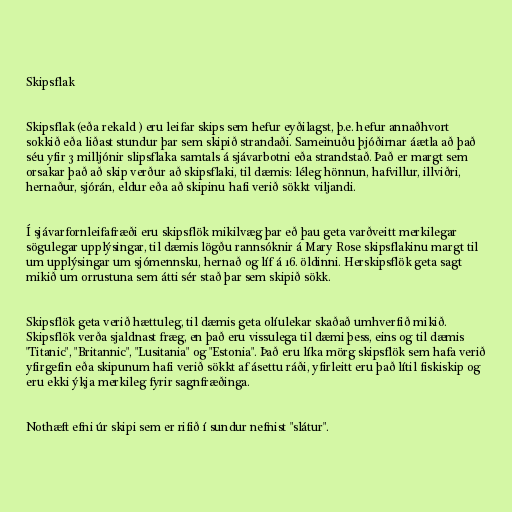
Skipsflak

Skipsflak (eða rekald ) eru leifar skips sem hefur eyðilagst, þ.e. hefur annaðhvort
sokkið eða liðast stundur þar sem skipið strandaði. Sameinuðu þjóðirnar áætla að það
séu yfir 3 milljónir slipsflaka samtals á sjávarbotni eða strandstað. Það er margt sem
orsakar það að skip verður að skipsflaki, til dæmis: léleg hönnun, hafvillur, illviðri,
hernaður, sjórán, eldur eða að skipinu hafi verið sökkt viljandi.

Í sjávarfornleifafræði eru skipsflök mikilvæg þar eð þau geta varðveitt merkilegar
sögulegar upplýsingar, til dæmis lögðu rannsóknir á Mary Rose skipsflakinu margt til
um upplýsingar um sjómennsku, hernað og líf á 16. öldinni. Herskipsflök geta sagt
mikið um orrustuna sem átti sér stað þar sem skipið sökk.

Skipsflök geta verið hættuleg, til dæmis geta olíulekar skaðað umhverfið mikið.
Skipsflök verða sjaldnast fræg, en það eru vissulega til dæmi þess, eins og til dæmis
"Titanic", "Britannic", "Lusitania" og "Estonia". Það eru líka mörg skipsflök sem hafa verið
yfirgefin eða skipunum hafi verið sökkt af ásettu ráði, yfirleitt eru það lítil fiskiskip og
eru ekki ýkja merkileg fyrir sagnfræðinga.

Nothæft efni úr skipi sem er rifið í sundur nefnist "slátur".